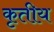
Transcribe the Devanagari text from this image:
कृतीय